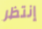
إنتظر